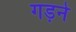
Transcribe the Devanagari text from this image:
गड़ने